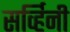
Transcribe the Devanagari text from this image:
सर्व्हिनी